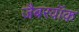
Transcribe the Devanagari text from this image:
जैबरवॉक